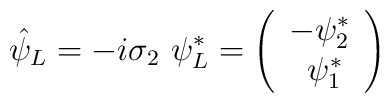
\hat{\psi}_{L} = -i\sigma_{2}~ \psi_{L}^{\ast} = \left(\begin{array}{c}-\psi_{2}^{\ast}\\~\psi_{1}^{\ast}\end{array}\right)